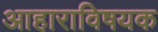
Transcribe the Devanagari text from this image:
आहाराविषयक